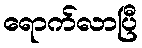
ရောက်လာပြီ